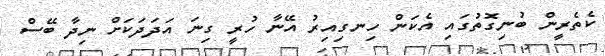
ކެތެރީން ބުނިގޮތުގައި އެކަން ހިނގިއިރު އޭނާ ހުރީ ގިނަ އަދަދަކަށް ނިދާ ބޭސް